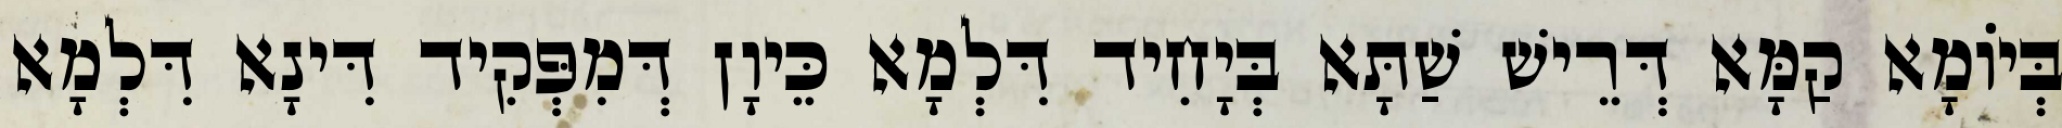
בְּיוֹמָא קַמָּא דְּרֵישׁ שַׁתָּא בְּיָחִיד דִּלְמָא כֵּיוָן דְּמִפְּקִיד דִּינָא דִּלְמָא